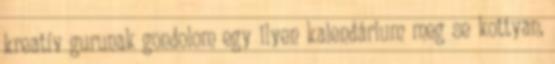
kreatív gurunak gondolom egy ilyen kalendárium meg se kottyan,